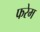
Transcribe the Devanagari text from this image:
फरेम